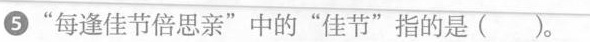
⑤”每逢佳节倍思亲”中的”佳节”指的是( )